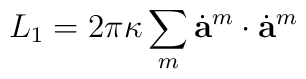
L_1 = 2 \pi \kappa \sum_{m} \dot{\bf a}^{m} \cdot \dot{\bf a}^{m}